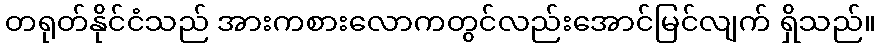
တရုတ်နိုင်ငံသည် အားကစားလောကတွင်လည်းအောင်မြင်လျက် ရှိသည်။